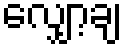
လျှော့ချ